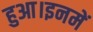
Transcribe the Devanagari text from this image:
हुआ।इनमें